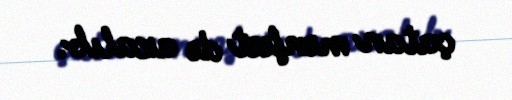
çatan mənfəət də azalıb.